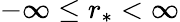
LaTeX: -\infty\le r_{*}<\infty